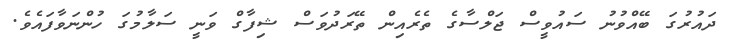
ދައުރުގަ ބޭއްވުނު ސައުވީސް ޖަލްސާގެ ތެރެއިން ތޭރަދުވަސް ޝިފާގް ވަނީ ސަލާމުގަ ހުންނަވާފައެވެ.